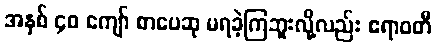
အနှစ် ၄၀ ကျော် စာပေဆု မရခဲ့ကြဘူးလို့လည်း ဧရာဝတီ